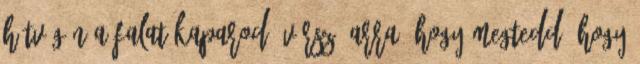
hétvégén a falat kaparod. Vársz. Arra, hogy megtedd, hogy